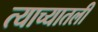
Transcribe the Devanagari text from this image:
त्याच्यातली